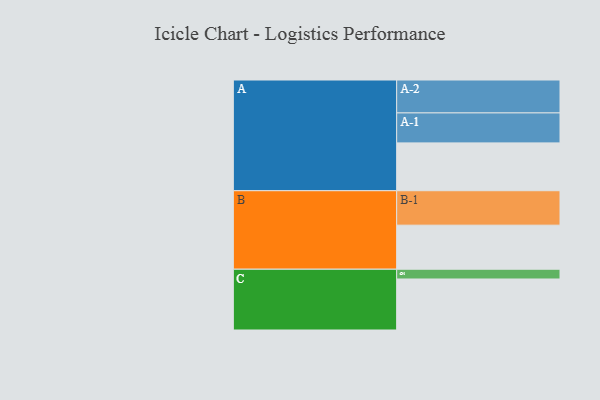
{"axis": {"x": "Segment", "y": "Value"}, "legend": ["", "A", "B", "C"], "data": [{"x": "A", "y": 407, "type": ""}, {"x": "B", "y": 375, "type": ""}, {"x": "C", "y": 434, "type": ""}, {"x": "A-1", "y": 255, "type": "A"}, {"x": "A-2", "y": 280, "type": "A"}, {"x": "B-1", "y": 293, "type": "B"}, {"x": "C-1", "y": 83, "type": "C"}]}